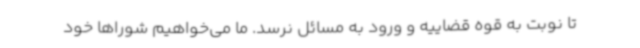
تا نوبت به قوه قضاییه و ورود به مسائل نرسد. ما می‌خواهیم شوراها خود